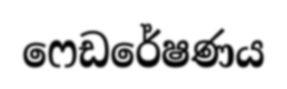
ෆෙඩරේෂණය